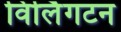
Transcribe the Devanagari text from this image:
विर्लिगटन